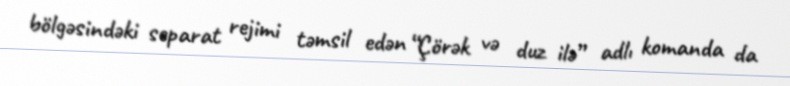
bölgəsindəki separat rejimi təmsil edən “Çörək və duz ilə” adlı komanda da